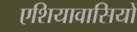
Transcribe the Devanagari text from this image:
एशियावासियों